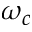
\omega _ { c }